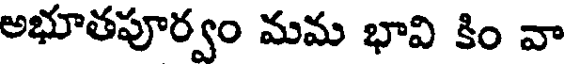
అభూతపూర్వం మమ భావి కిం వా